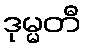
ဒုမ္မတီ